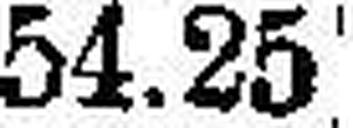
54.25